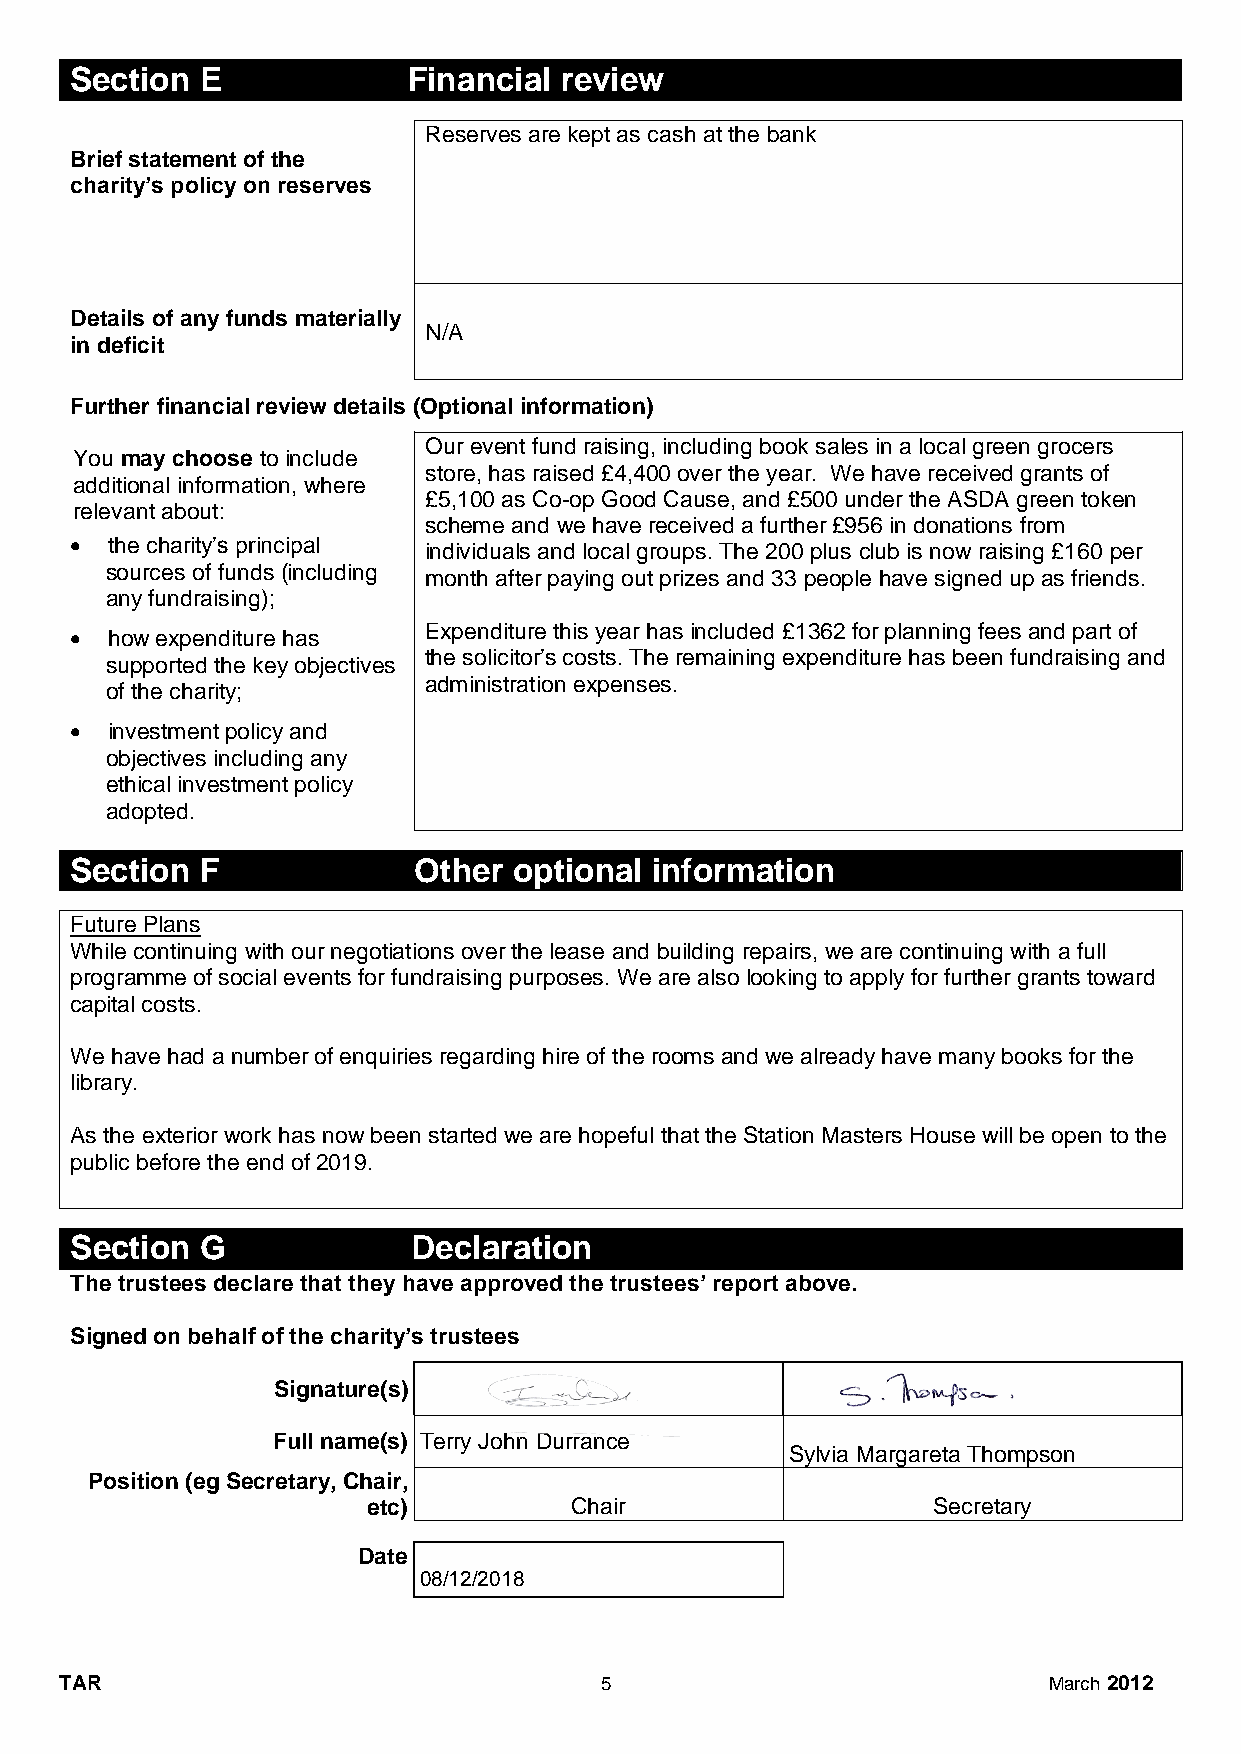
Section E             Financial review
 Reserves are kept as cash at the bank
 Brief statement of the
 charity’s policy on reserves
 Details of any funds materially
 N/A
 in deficit
 Further financial review details (Optional information)
 Our event fund raising, including book sales in a local green grocers
 You may choose to include
 store, has raised £4,400 over the year. We have received grants of
 additional information, where
 £5,100 as Co-op Good Cause, and £500 under the ASDA green token
 relevant about:
 scheme and we have received a further £956 in donations from
  the charity’s principal individuals and local groups. The 200 plus club is now raising £160 per
 sources of funds (including month after paying out prizes and 33 people have signed up as friends.
 any fundraising);
 Expenditure this year has included £1362 for planning fees and part of
  how expenditure has
 the solicitor’s costs. The remaining expenditure has been fundraising and
 supported the key objectives
 administration expenses.
 of the charity;
  investment policy and
 objectives including any
 ethical investment policy
 adopted.
 Section F             Other  optional information
 Future Plans
 While continuing with our negotiations over the lease and building repairs, we are continuing with a full
 programme of social events for fundraising purposes. We are also looking to apply for further grants toward
 capital costs.
 We have had a number of enquiries regarding hire of the rooms and we already have many books for the
 library.
 As the exterior work has now been started we are hopeful that the Station Masters House will be open to the
 public before the end of 2019.
 Section G             Declaration
 The trustees declare that they have approved the trustees’ report above.
 Signed on behalf of the charity’s trustees
 Signature(s)
 Full name(s) Terry John Durrance
 Sylvia Margareta Thompson
 Position (eg Secretary, Chair,
 etc)          Chair                   Secretary
 Date
 08/12/2018
 TAR                                 5                            March 2012